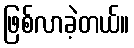
ဖြစ်လာခဲ့တယ်။